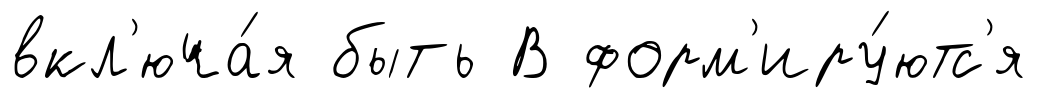
вкл'юча́я быть В форм'иру́ютс'я